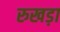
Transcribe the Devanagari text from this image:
रुखड़ा